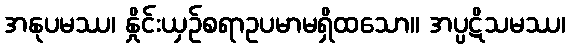
အနုပမဿ၊ နှိုင်းယှဉ်စရာဥပမာမရှိထသော။ အပ္ပဋိသမဿ၊